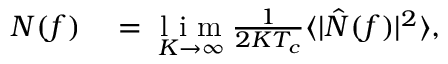
\begin{array} { r l } { N ( f ) } & { { } = \underset { K \rightarrow \infty } { \mathrm { ~ l ~ i ~ m ~ } } \frac { 1 } { 2 K T _ { c } } \langle | \hat { N } ( f ) | ^ { 2 } \rangle , } \end{array}